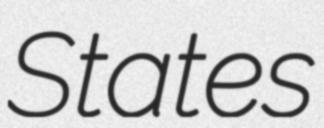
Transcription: States